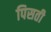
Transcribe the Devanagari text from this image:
पिसती